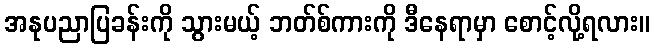
အနုပညာပြခန်းကို သွားမယ့် ဘတ်စ်ကားကို ဒီနေရာမှာ စောင့်လို့ရလား။